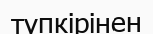
түпкірінен